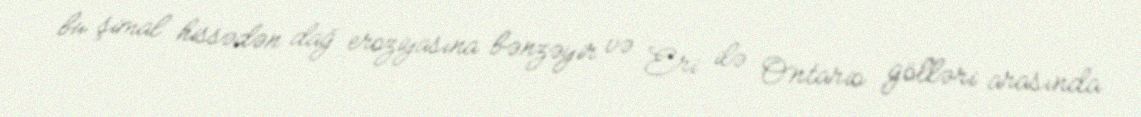
bu şimal hissədən dağ eroziyasına bənzəyir və Eri ilə Ontario gölləri arasında